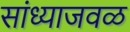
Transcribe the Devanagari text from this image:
सांध्याजवळ